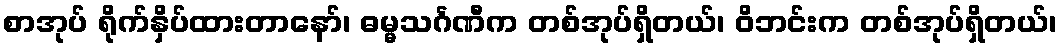
စာအုပ် ရိုက်နှိပ်ထားတာနော်၊ ဓမ္မသင်္ဂဏီက တစ်အုပ်ရှိတယ်၊ ဝိဘင်းက တစ်အုပ်ရှိတယ်၊